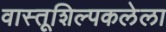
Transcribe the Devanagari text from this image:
वास्तूशिल्पकलेला